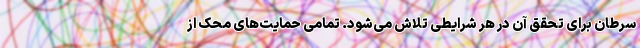
سرطان برای تحقق آن در هر شرایطی تلاش می‌شود. تمامی حمایت‌های محک از